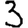
Digit: 3